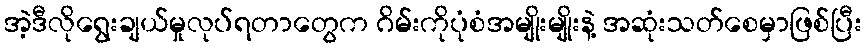
အဲ့ဒီလိုရွေးချယ်မှုလုပ်ရတာတွေက ဂိမ်းကိုပုံစံအမျိုးမျိုးနဲ့ အဆုံးသတ်စေမှာဖြစ်ပြီး